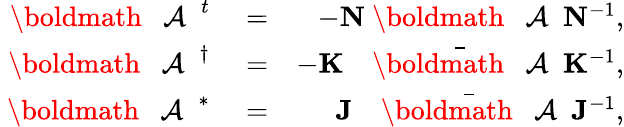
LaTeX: \begin{array}{rlr}{\mathrm{~\boldmath~{~\cal~A~}~}^{t}}&{{}=}&{-{\mathbf N}\mathrm{~\boldmath~{~\cal~A~}~}{\mathbf N}^{-1},}\\ {\mathrm{~\boldmath~{~\cal~A~}~}^{\dagger}}&{{}=}&{-{\mathbf K}{\, \, \, \bar{\mathrm{~\! ~\! ~\! ~\boldmath~{~\cal~A~}~}}}{\mathbf K}^{-1},}\\ {\mathrm{~\boldmath~{~\cal~A~}~}^{*}}&{{}=}&{{\mathbf J}{\, \, \, \bar{\mathrm{~\! ~\! ~\! ~\boldmath~{~\cal~A~}~}}}{\mathbf J}^{-1},}\end{array}